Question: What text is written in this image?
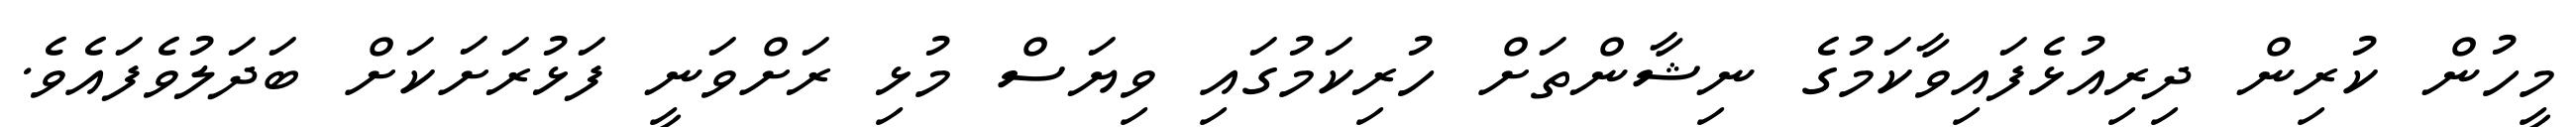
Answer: މީހުން ކުރިން ދިރިއުޅެފައިވާކަމުގެ ނިޝާންތަށް ހުރިކަމުގައި ވިޔަސް މުޅި ރަށްވަނީ ފަޅުރަށަކަށް ބަދަލުވެފައެވެ.